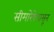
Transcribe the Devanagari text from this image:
सीमारेषेपासून